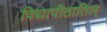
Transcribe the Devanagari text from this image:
विद्यापीठातिल्